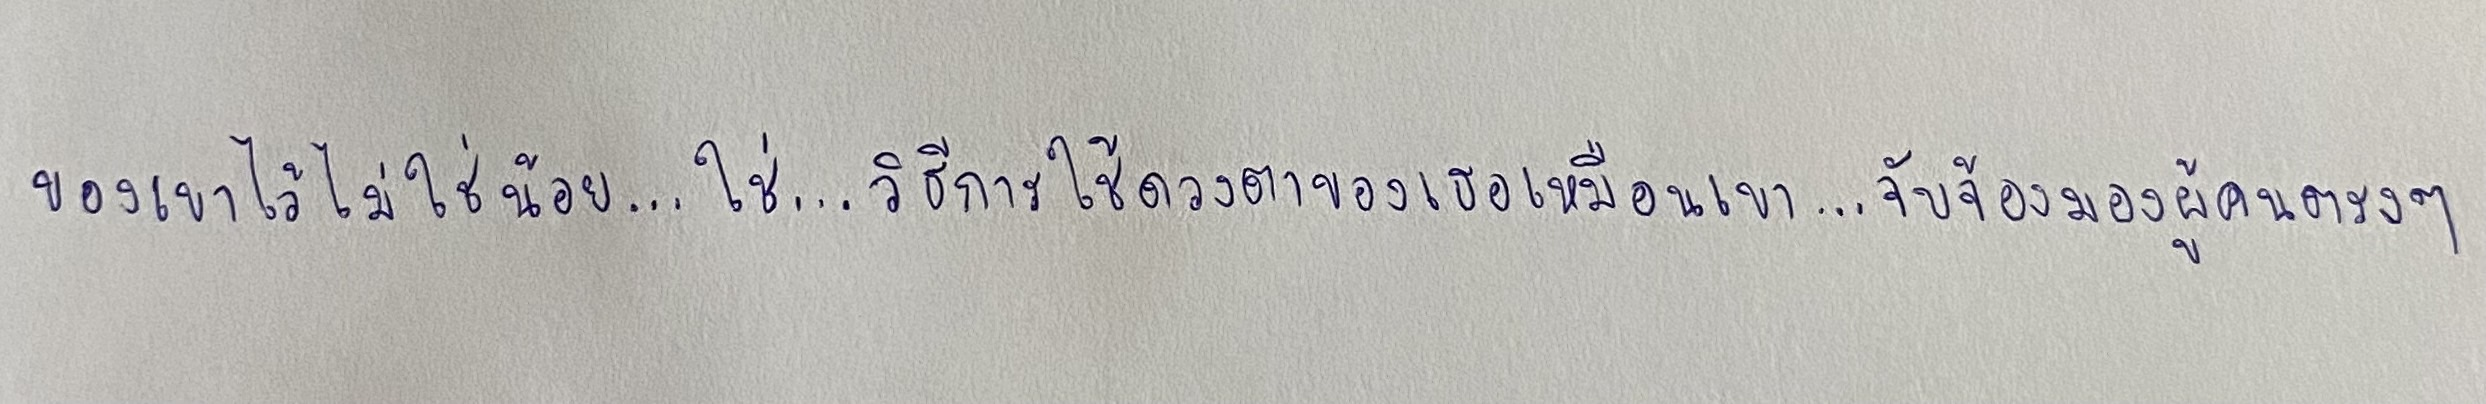
ของเขาไว้ไม่ใช่น้อย...ใช่...วิธีการใช้ดวงตาของเธอเหมือนเขา...จับจ้องมองผู้คนตรงๆ